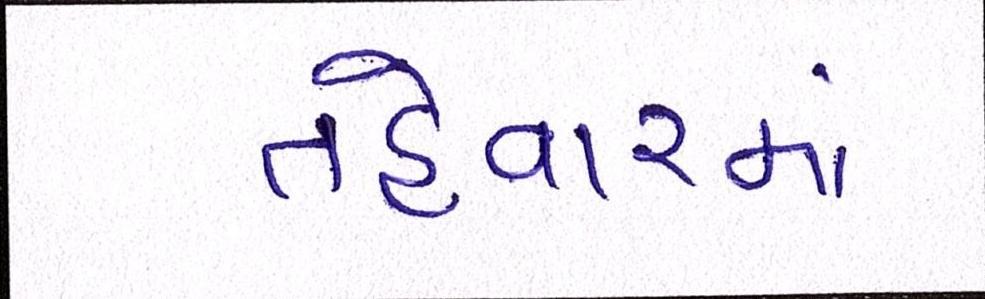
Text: તહેવારમાં